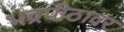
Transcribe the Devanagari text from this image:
भद्रपीठावर